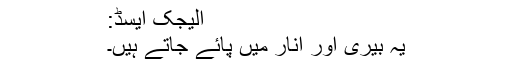
الیجک ایسڈ:
یہ بیری اور انار میں پائے جاتے ہیں۔